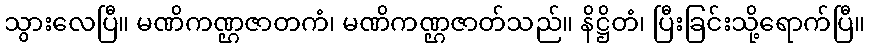
သွားလေပြီ။ မဏိကဏ္ဌဇာတကံ၊ မဏိကဏ္ဌဇာတ်သည်။ နိဋ္ဌိတံ၊ ပြီးခြင်းသို့ရောက်ပြီ။